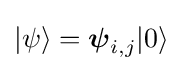
|\psi \rangle ={\boldsymbol {\psi }}_{i,j}|0\rangle